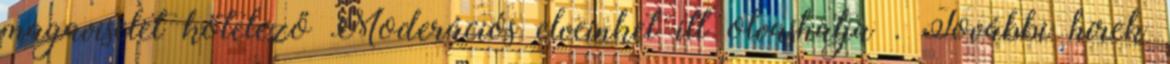
magaviselet kötelező Moderációs elveinket itt olvashatja . További hírek